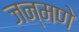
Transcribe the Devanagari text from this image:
जन्मणे